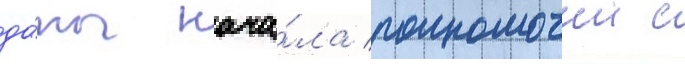
да́ты нача́ла полномочии с